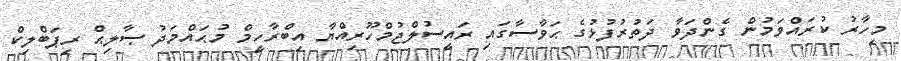
މިހާރު ކުރައްވަމުން ގެންދަވާ ދަތުރުފުޅުގެ ޙަވާސާގައި ރައީސުލްޖުމްހޫރިއްޔާ އިބްރާހީމް މުޙައްމަދު ޞާލިޙް ރިޕަބްލިކް